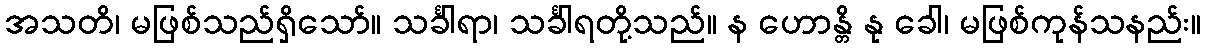
အသတိ၊ မဖြစ်သည်ရှိသော်။ သင်္ခါရာ၊ သင်္ခါရတို့သည်။ န ဟောန္တိ နု ခေါ၊ မဖြစ်ကုန်သနည်း။